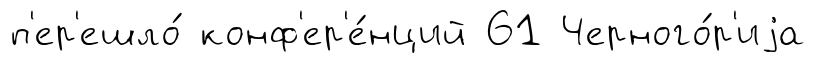
п'ер'ешло́ конф'ер'е́нций 61 Черного́р'иjа